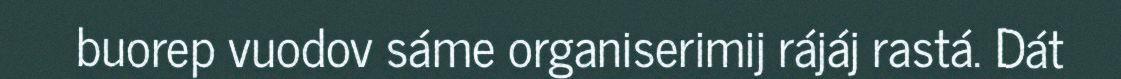
buorep vuodov sáme organiserimij rájáj rastá. Dát